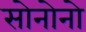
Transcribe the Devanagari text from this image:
सोनोनो